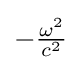
{\textstyle -{\frac {\omega ^{2}}{c^{2}}}}